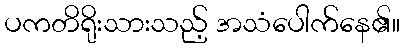
ပကတိရိုးသားသည့် အသံပေါက်နေ၏။